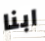
ابنا